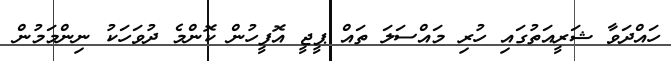
ހައްދަވާ ޝަރީއަތުގައި ހުރި މައްސަލަ ތައް ޕީޖީ އޮފީހުން ކޮންމެ ދުވަހަކު ނިންމަމުން